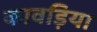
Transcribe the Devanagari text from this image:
कावड़िया